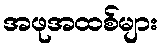
အဖုအထစ်များ